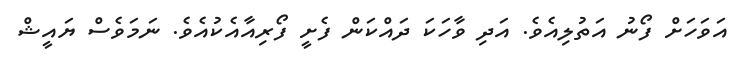
އަވަހަށް ފޯނު އަތުލިއެވެ. އަދި ވާހަކަ ދައްކަން ފެށީ ފޯރިއާއެކުއެވެ. ނަމަވެސް ޔައީޝް